kultuurilooline_kollektsioon, lk 102
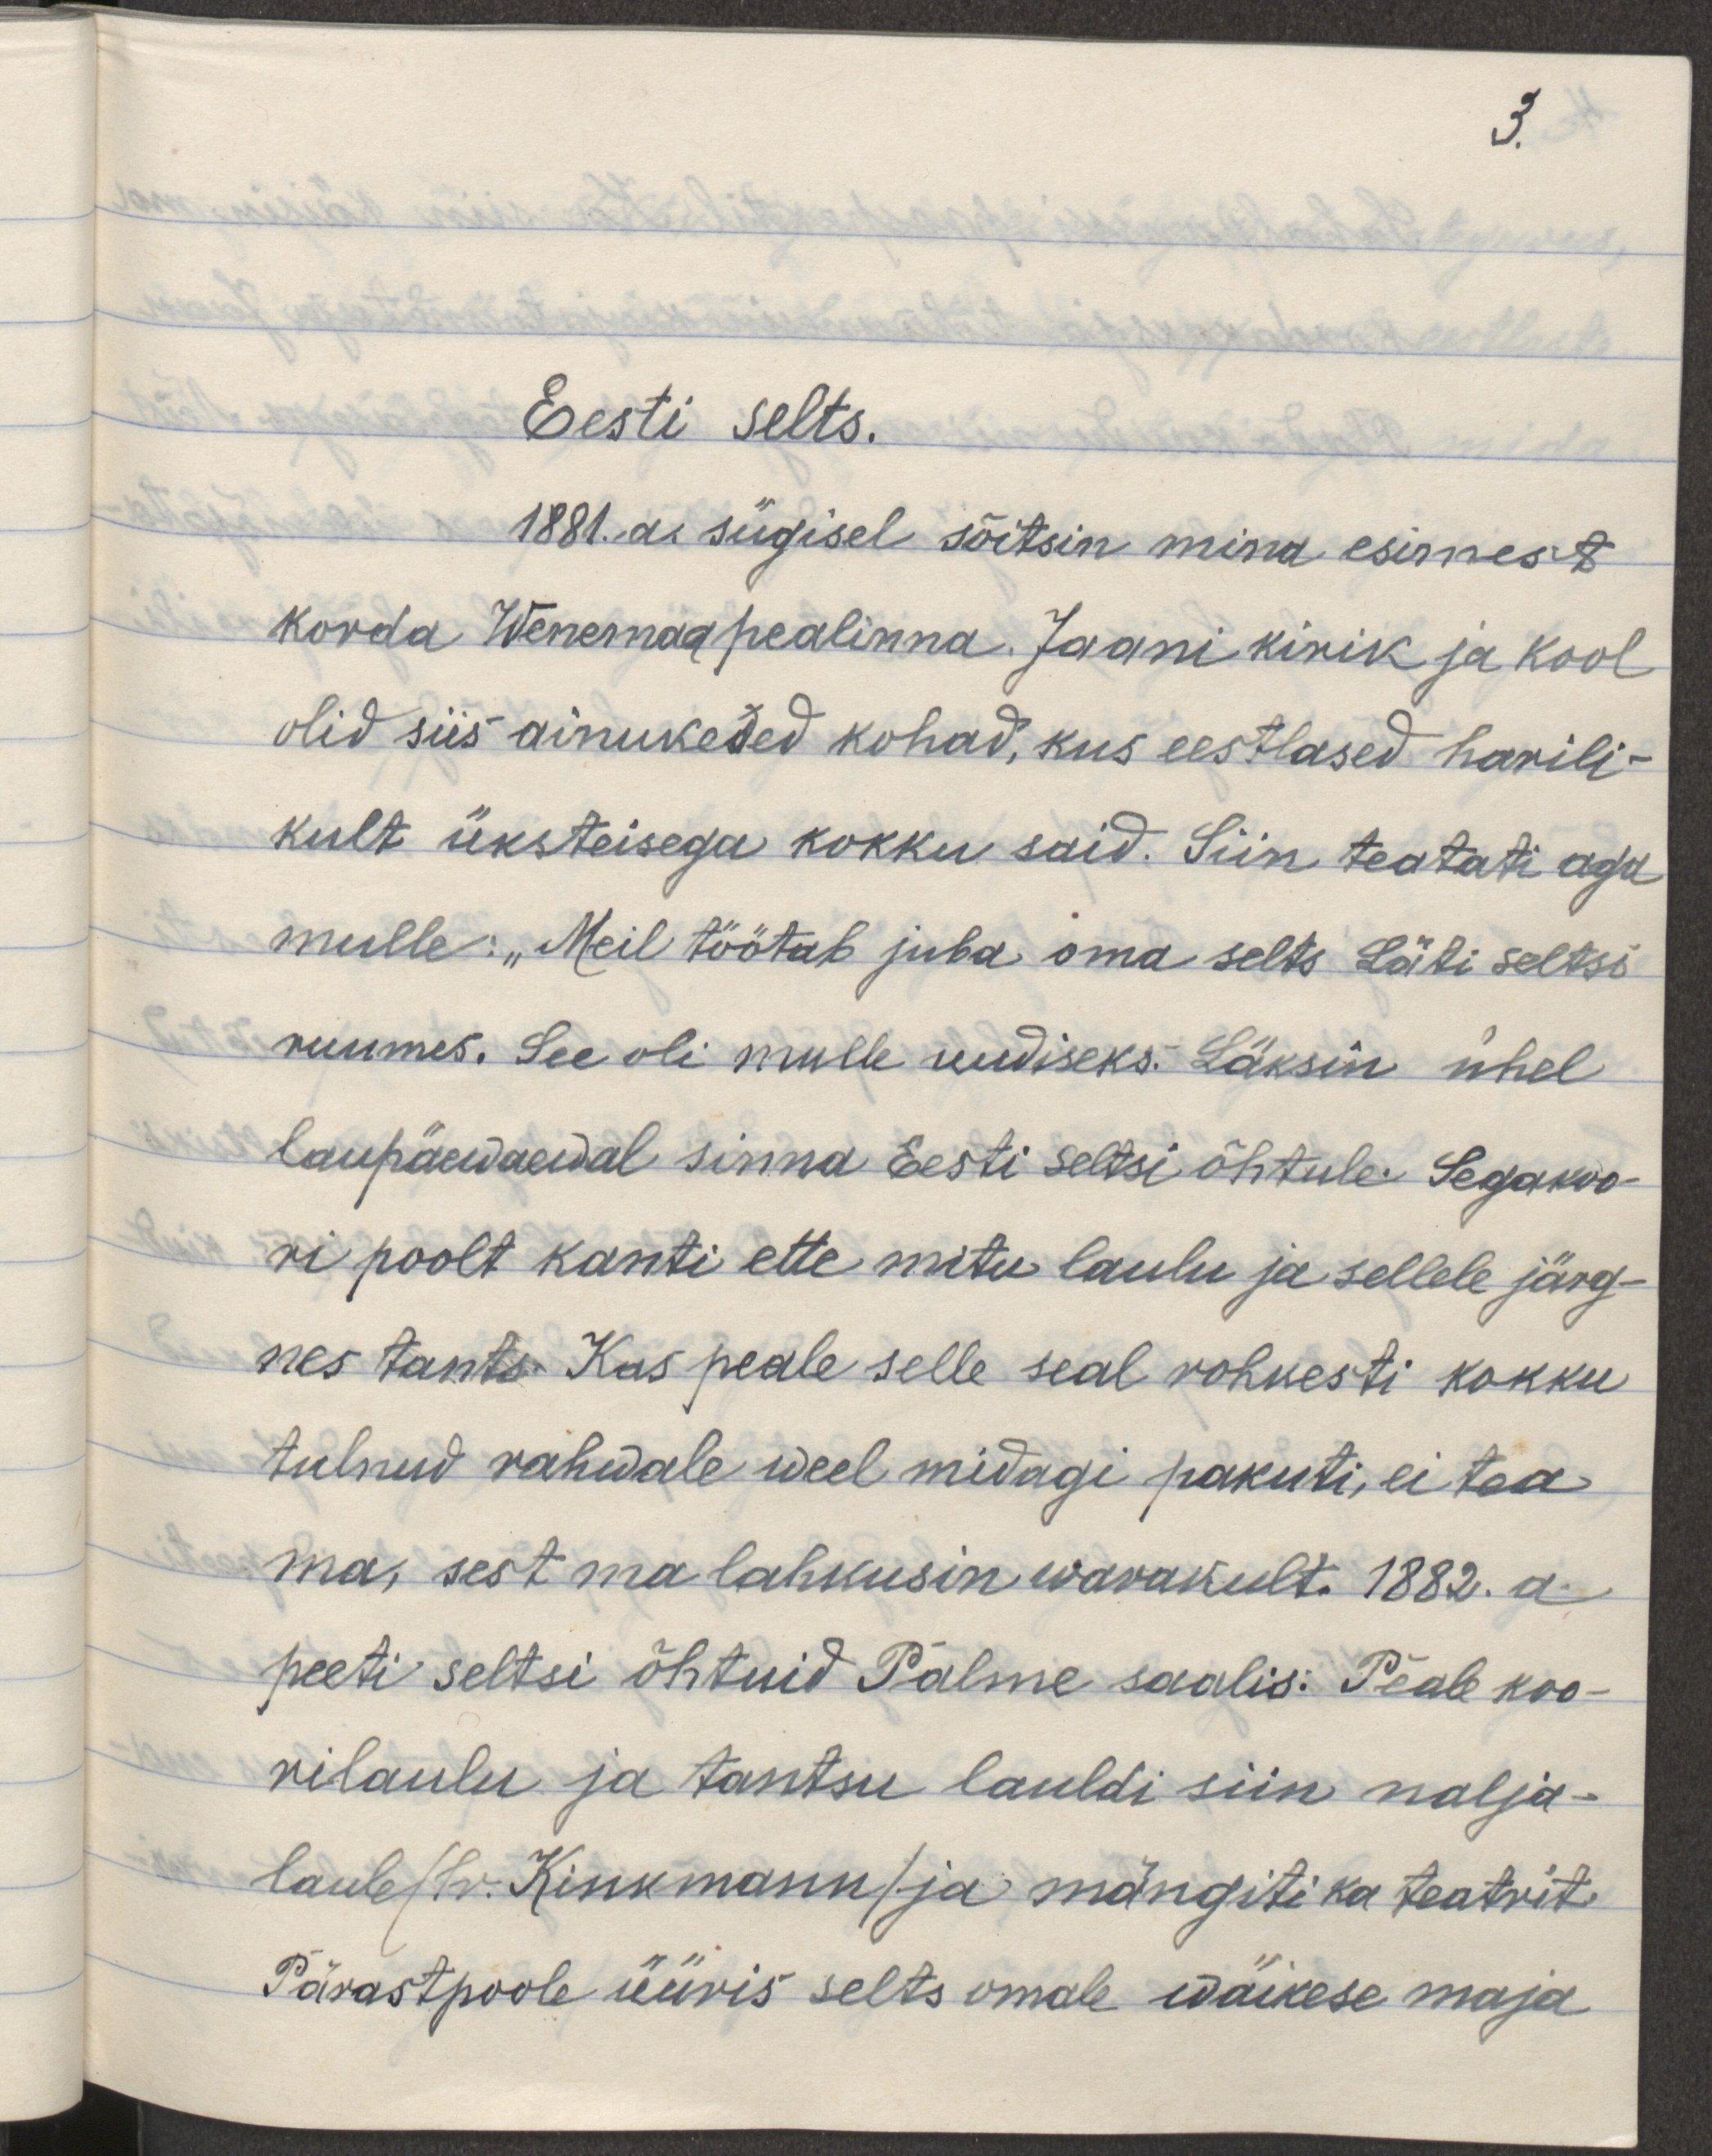
3. 
Eesti selts.
1881. a. sügisel sõitsin mina esimest
korda Wenemaa pealinna. Jaani kirik ja kool
olid siis ainukesed kohad, kus eestlased harili-
kult üksteisega kokku said. Siin teatati aga
mulle: "Meil töötab juba oma selts Läti seltsi 
ruumides. See oli mulle uudiseks. Läksin ühel
laupäewal sinna Eesti seltsi õhtule. Segakoo-
ri poolt kanti ette mitu laulu ja sellele järg-
nes tants. Kas peale selle seal rohkesti kokku 
tulnud rahwale weel midagi pakuti, ei tea
ma, sest ma lahkusin warakult. 1882. a. 
peeti seltsi õhtuid Palme saalis: Peale koo-
rilaulu ja tantsu lauldi siin nalja-
laule /Hr. Kinkmann/ ja mängiti ka teatrit.
Pärastpoole üüris selts omale wäikese maja